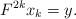
LaTeX: \begin{align*}F^{2k}x_k=y. \end{align*}